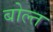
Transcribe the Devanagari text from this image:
बोल्त